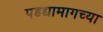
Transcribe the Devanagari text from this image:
पडद्यामागच्या